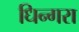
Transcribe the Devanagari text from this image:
धिन्गरा